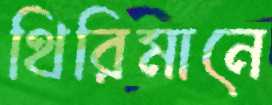
থিরিমানে